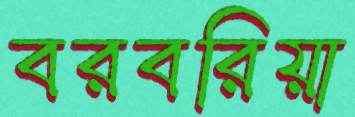
বরবরিয়া